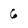
Character: 6